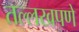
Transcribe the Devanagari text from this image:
तल्लखपणे